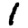
Digit: 1